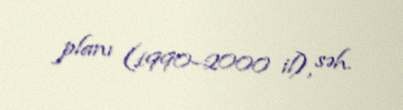
planı (1990–2000 il), səh.